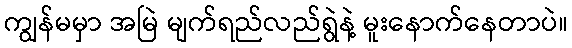
ကျွန်မမှာ အမြဲ မျက်ရည်လည်ရွဲနဲ့ မူးနောက်နေတာပဲ။